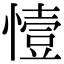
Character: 㦉